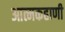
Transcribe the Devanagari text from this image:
आत्मकहाणी